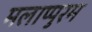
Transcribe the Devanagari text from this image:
मलाप्पुरम